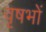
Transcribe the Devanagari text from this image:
वृषभों